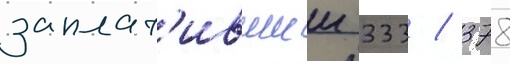
заплат'ившии 333 / 378